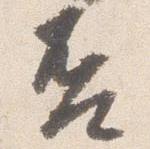
否